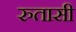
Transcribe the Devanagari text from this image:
रुतासी